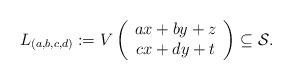
LaTeX: \begin{align*} L_{(a,b,c,d)}:=V\left( \begin{array}{c} ax+by+z \\ cx+dy+t \\ \end{array}\right) \subseteq \mathcal{S}. \end{align*}